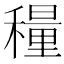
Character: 𬓾